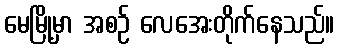
မေမြို့မှာ အစဉ် လေအေးတိုက်နေသည်။